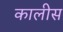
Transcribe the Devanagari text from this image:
कालीस